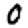
Digit: 0